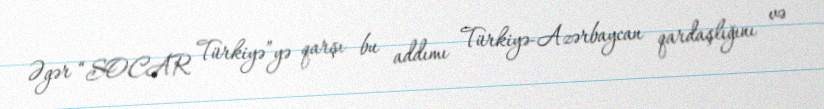
Əgər “SOCAR Türkiyə”yə qarşı bu addımı Türkiyə-Azərbaycan qardaşlığını və